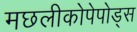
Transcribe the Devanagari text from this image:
मछलीकोपेपोड्स